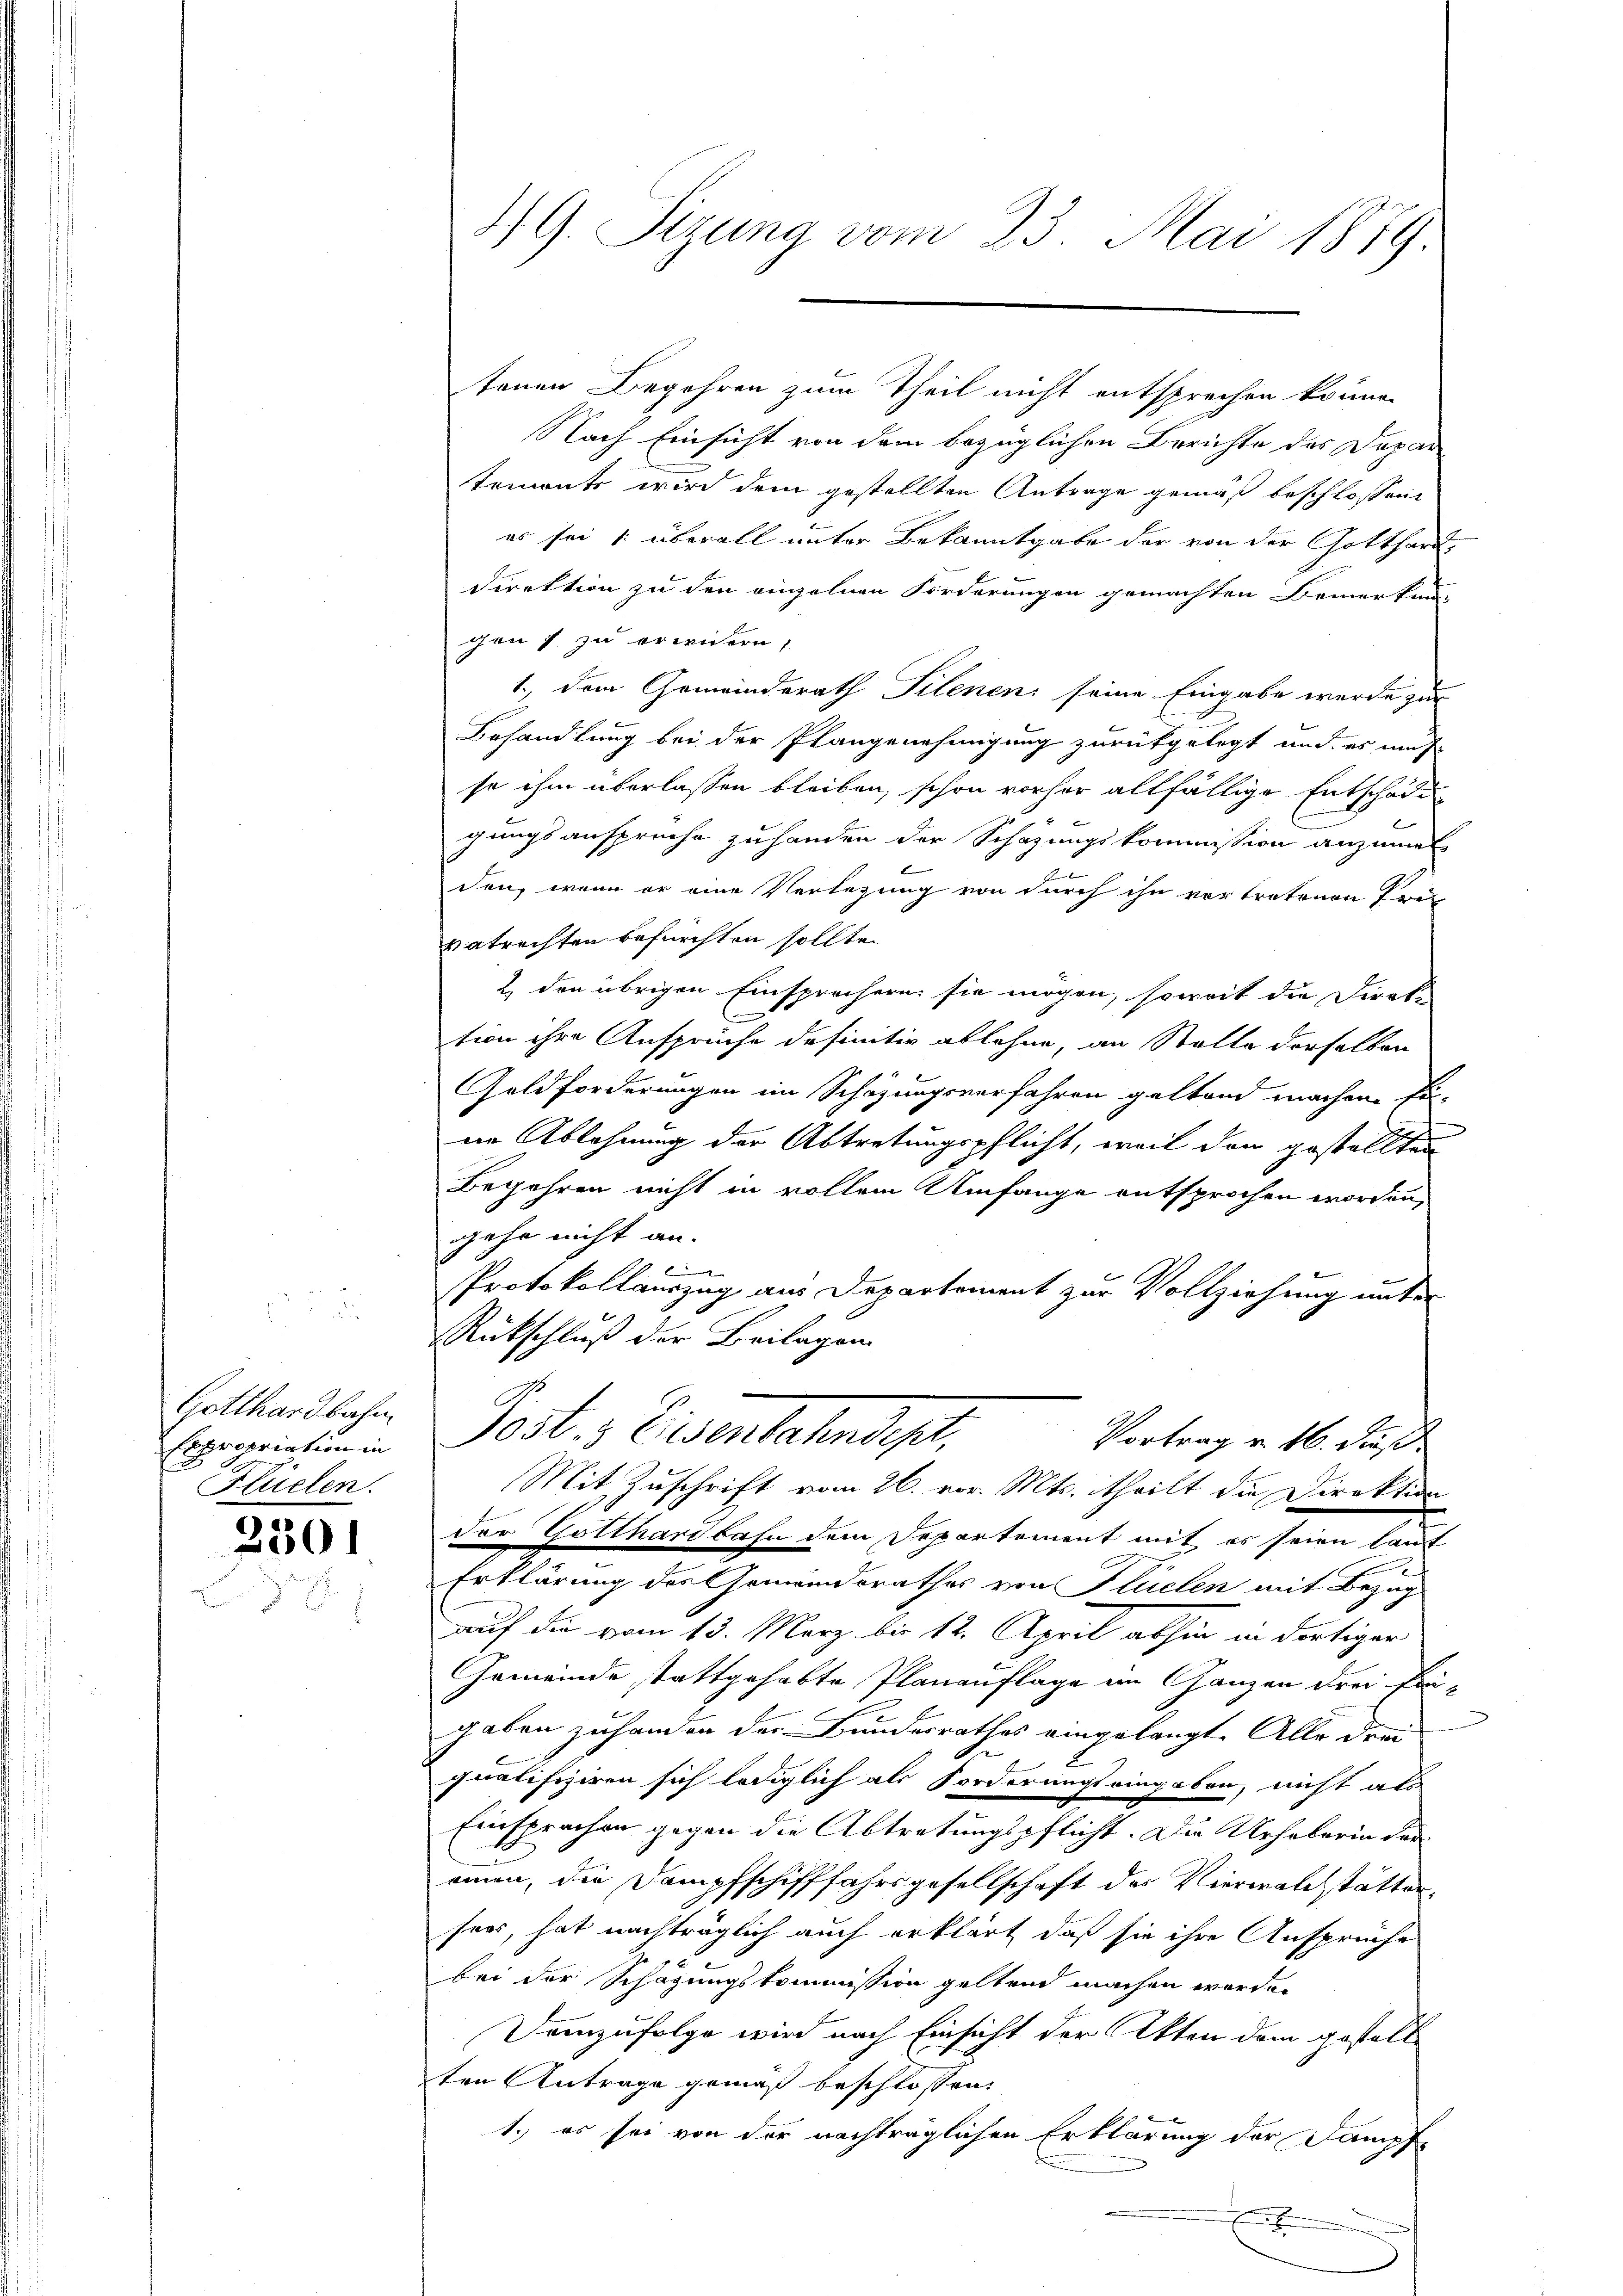
Gotthardbahn
Expropriation in
Flüelen.

230.

tenen Begehren zum Theil nicht entsprechen könne.
Nach Einsicht von dem bezüglichen Berichte des Dapartements wird dem gestellten Antrage gemäß beschlossen:
es sei 1 überall unter Bekanntgabe der von der Gotthard-
Direktion zu den einzelnen Forderungen gemachten Bemerkun-
gen) zu erwidern,
1.) Dem Gemeinderath Pilenen seine Eingabe wurde zur
Behandlung bei der Plangenehmigung zurükgelegt und es mich
se ihm überlassen bleiben, schon vorher allfällige Entschade
gungsansprüche zu handen der Schazungskommission anzumelden, wenn er eine Verlegung von durch ihn vortretenen Frit
vatrechten befürchten sollten
2) den übrigen Einsprechern sie mögen, soweit die Direktion ihre Anspruche definitiv ablehne, an Stelle derselben
Geldforderungen im Schazungsverfahren geltend machen Fi-
ne Ablehnung der Abtretungspflicht, weil den gestellten
Begehren nicht in vollem Umfange entsprochen worden,
gehe nicht an.
Protokollauszug aus Departement zur Vollziehung unter
RRückschluß der Beilagen
C
Jost. Eisenbahndept,
Vortrag v. 16. dieß
Mit Zuschrift vom 26. vor. Mts. theilt die Direktion
Der Gotthardbahn dem Departement mit es seien lauf
Erklärung des Gemeindsrathes von Flüelen mit Bezug
auf die vom 13. März bis 12. April abhin in dortiger
Gemeinde stattgehabte Planauflage im Ganzen drei Prigaben zu handen der Bundesrathes eingelangt. Alle drei
2
s
qualifiziren sich lediglich als Forderungs eingaben, nicht als
Einsprachen gegen die Abtretungspflicht. Die Urhaborin dareinen, die Dampfschifffahrsgesellschaft des Vierwaldstättersers, hat nachträglich auch erklärt, daß sie ihre Ansprüche
bei der Schazungskommission geltend machen werde.
Demzufolge wird nach Einsicht der Akten dem gestell
sten Antrage gemäß beschlossen
1.) es sei von der nachträglichen Erklärung der Dampfe
x

49. Sizung vom 23. Mai 1879